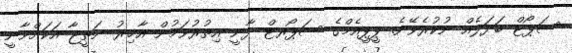
ސަޕޯޓް ބަދަލެއް ނުކުރެވޭނެ. ޕީޕީއެމްގެ ސަޕޯރޓް ދާނީ އިތުރުވަމުން އާޚިރު ނަތީޖާ އަކަށްވާނީ